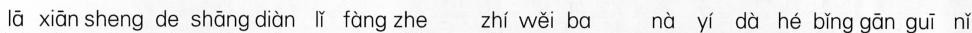
lā xiān sheng de shāng diàn lǐ fàng zhe zhí wěi ba nà yí dà hé bǐng gān guī nǐ